Report of the Hyderabad Chloroform Commission
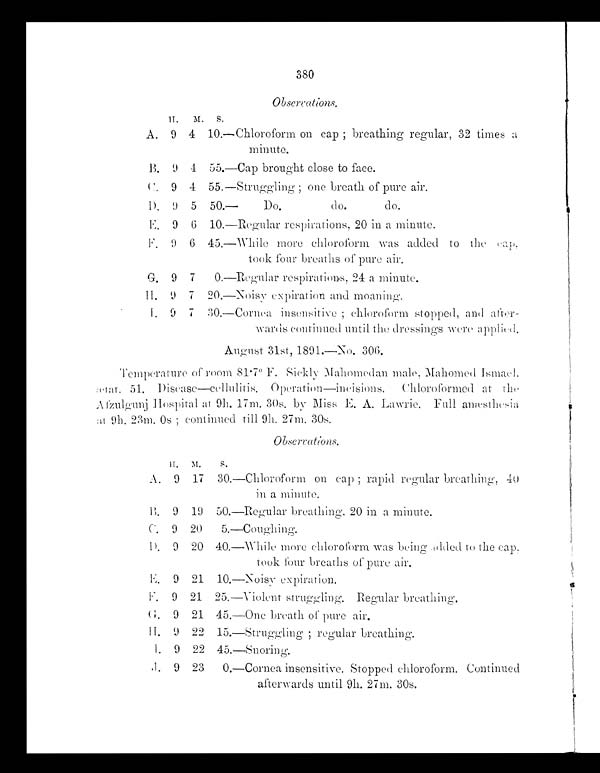
380
Obserrations.
H.
M.
S.
A. 9 4 10.—Chloroform on cap ; breathing regular, 32 times a
minute.
B. 9 4 55.—Cap brought close to face.
C. 9 4 55.—Struggling ; one breath of pure air.
D. 9 5 50.— Do. do. do.
E. 9 6 10.—Regular respirations, 20 in a minute.
F. 9 6 45. —Whi l e mor e c hl or of or m wa s a dde d t o t he c a p,
took four breaths of pure air.
G. 9 7
0.—Regular respirations, 24 a minute.
H. 9 7 20.—Noisy expiration and moaning.
I . 9 7 30. —Cor nea i ns ens i t i ve ; chl or of or m s t opped, and
after-wards continued until the dressings were applied.
A u g u s t 3 1 s t , 1 8 9 1 . — N o . 3 0 6 .
Temperature of room 81.7° F. Sickly Mahomedan male, Mahomed Ismael.
ætat . 51. Disease—cellulitis. Operation—incisions, Chloroformed at the
Afzulgunj Hospital at 9h. 17m. 30s. by Miss E. A. Lawrie. Full anæsthesia
at 9h. 23m. 0s ; continued till 9h. 27m. 30s.
Obserrations.
H . M . s .
A. 9 17 30.—Chloroform on cap ; rapid regular breathing, 40
in a minute.
B. 9 19 50.—Regular breathing. 20 in a minute.
C. 9 20 5.—Coughing.
D. 9 20 40.—While more chloroform was being added to the cap.
took four breaths of pure air.
E. 9 21 10.—Noisy expiration.
F. 9 21 25.—Violent struggling. Regular breathin g .
G. 9 21 45.—One breath of pure air.
H. 9 22 15. —St r uggl i ng ; r e gul a r br e a t hi ng.
I. 9 22 45.—Snoring.
J. 9 23 0.—Cornea insensitive. Stopped chloroform. Continued
afterwards until 9h. 27m. 30s.